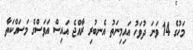
މަހުގެ 14 ވަނަ ދުވަހު އައިމިނަތު އެނބުރި ރާއްޖެ އައިސް އަވަސްގެ މަސައްކަތާ